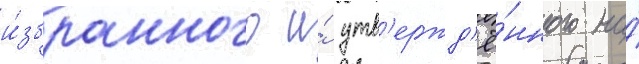
и́збранного и́ утв'ержд'ё́нного на́